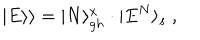
| E \rangle \rangle = | N \rangle _ { g h } ^ { x } \cdot | E ^ { N } \rangle _ { s } \ ,